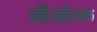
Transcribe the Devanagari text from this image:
प्रीओरल